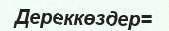
Дереккөздер=